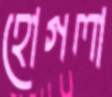
হোগলা